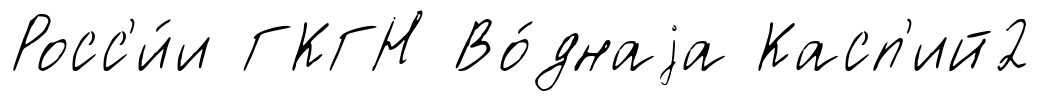
Росс'и́и ГКГН Во́днаjа Касп'ий2